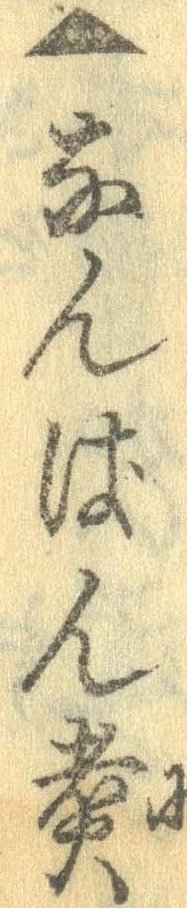
▲なんばん煮